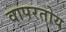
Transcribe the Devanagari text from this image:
वापरतोय